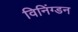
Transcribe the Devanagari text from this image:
विनिंग्डन